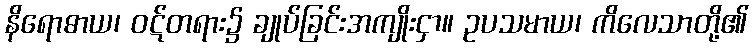
နိရောဓာယ၊ ဝဋ်တရား၌ ချုပ်ခြင်းအကျိုးငှာ။ ဥပသမာယ၊ ကိလေသာတို့၏